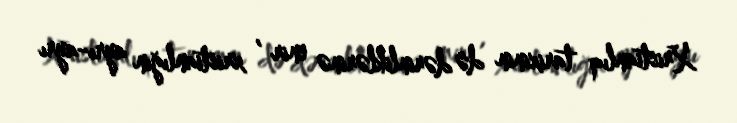
Xristianlıq tarixinin də dərinliklərinə enir , xristianlığın ayrı-ayrı